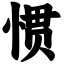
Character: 惯